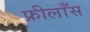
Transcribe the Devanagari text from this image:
फ्रीलाँस